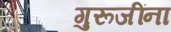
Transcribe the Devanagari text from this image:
गुरूजींना